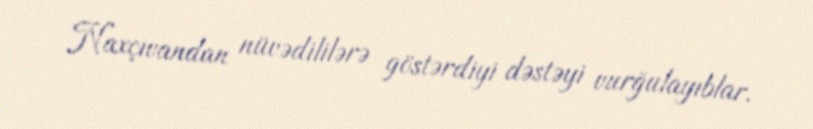
Naxçıvandan nüvədililərə göstərdiyi dəstəyi vurğulayıblar.